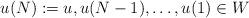
LaTeX: \begin{align*}u(N):=u, u(N-1), \ldots, u(1) \in W\end{align*}